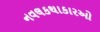
નવલકથાકારઓ